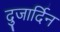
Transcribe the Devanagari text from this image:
दुजार्दिन